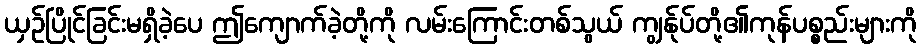
ယှဉ်ပြိုင်ခြင်းမရှိခဲ့ပေ ဤကျောက်ခဲ့တို့ကို လမ်းကြောင်းတစ်သွယ် ကျွန်ုပ်တို့၏ကုန်ပစ္စည်းများကို